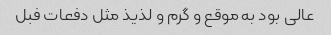
عالی بود به موقع و گرم و لذیذ مثل دفعات فبل